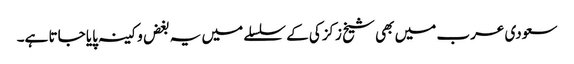
سعودی عرب میں بھی شیخ زکزکی کے سلسلے میں یہ بغض و کینہ پایا جاتا ہے۔